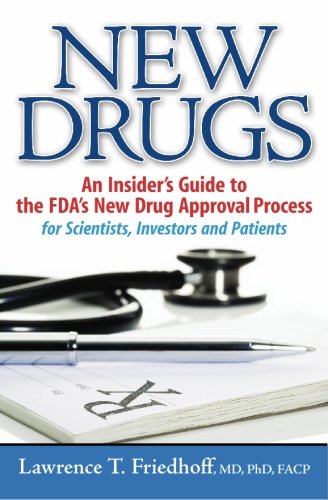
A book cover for New Drugs: An Insider's Guide to the FDA's New Drug Approval Process for Scientists, Investors and Patients; Lawrence T. Friedhoff; Medical Books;